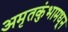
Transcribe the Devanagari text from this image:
अमृतकुंभामधून